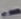
Text: -